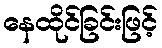
နေထိုင်ခြင်းဖြင့်